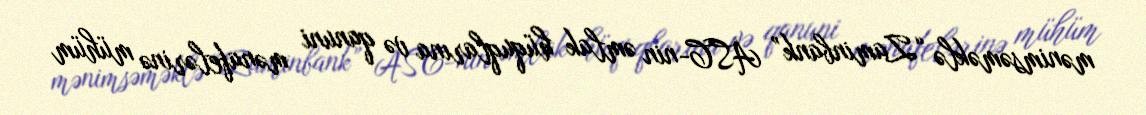
mənimsəməklə “Zaminbank” ASC-nin əmlak hüquqlarına və qanuni mənafelərinə mühüm